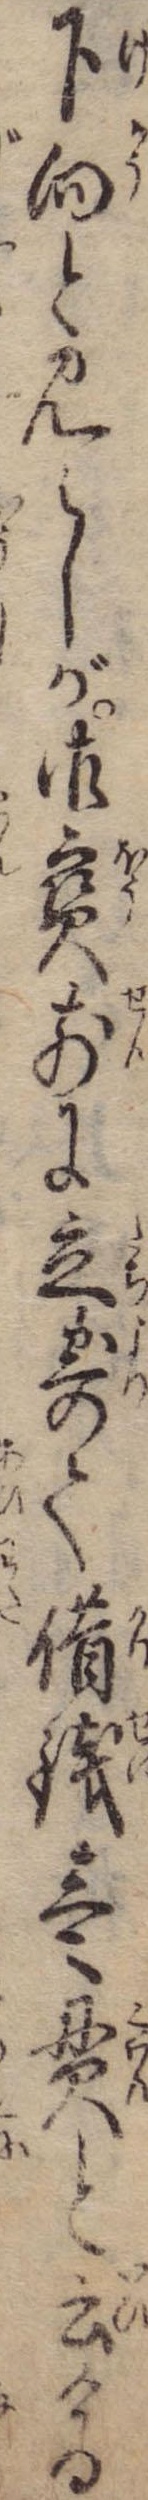
下向と見えしが御宝前に立寄て借銭壱貫と云ける